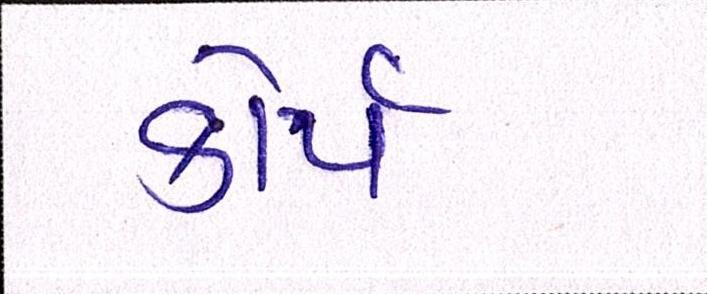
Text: કોર્પ